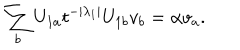
\sum _ { b } U _ { 1 a } t ^ { - | \lambda _ { 1 } | } U _ { 1 b } v _ { b } = \alpha v _ { a } .